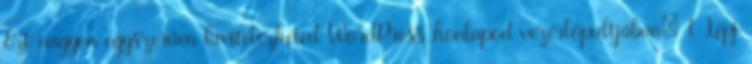
Ezt nagyon egyszerűen kivitelezheted WordPress honlapod vezérlőpultjában: 1. Lépj